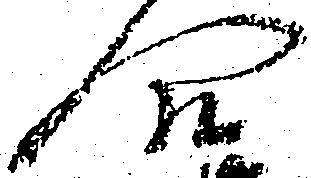
合